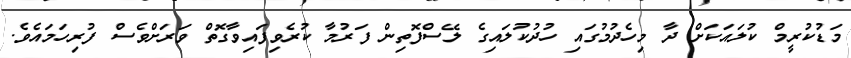
މަޑުކުރީމް ކުލައަކަށް ދާ މިހެދުމުގައި ހުދުކުލައިގެ ލޭސްފޮތިން ފަރުމާ ކުރެވިފައިވާގޮތް ވަރަށްވެސް ފުރިހަމައެވެ.